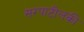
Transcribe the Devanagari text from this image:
सरपाटीलकी